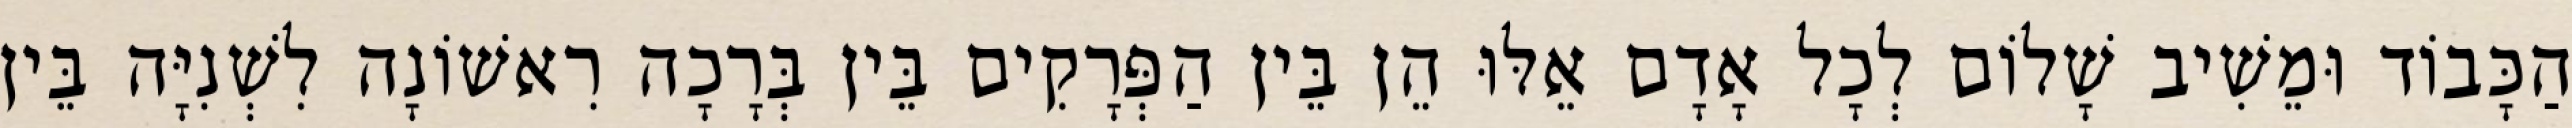
הַכָּבוֹד וּמֵשִׁיב שָׁלוֹם לְכָל אָדָם אֵלּוּ הֵן בֵּין הַפְּרָקִים בֵּין בְּרָכָה רִאשׁוֹנָה לִשְׁנִיָּה בֵּין